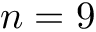
n = 9